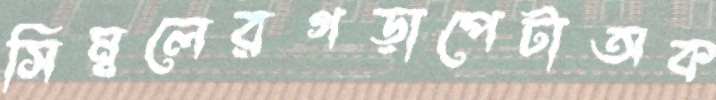
সিম্বলেরগড়াপেটাঅক